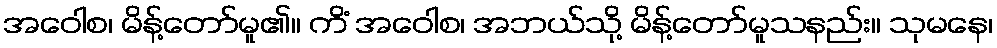
အဝေါစ၊ မိန့်တော်မူ၏။ ကိံ အဝေါစ၊ အဘယ်သို့ မိန့်တော်မူသနည်း။ သုမနေ၊